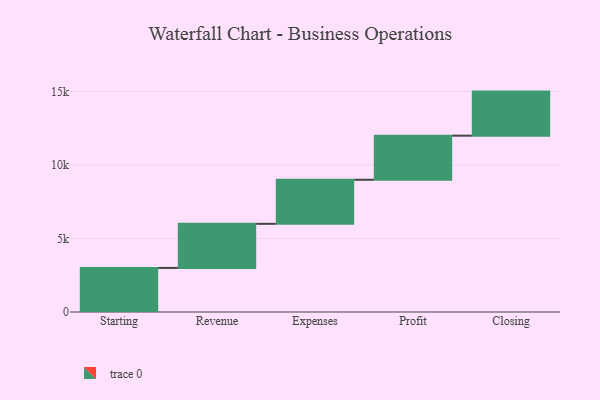
{"axis": {"x": "Step", "y": "Value"}, "legend": [""], "data": [{"x": "Starting", "y": 3000, "type": ""}, {"x": "Revenue", "y": 3000, "type": ""}, {"x": "Expenses", "y": 3000, "type": ""}, {"x": "Profit", "y": 3000, "type": ""}, {"x": "Closing", "y": 3000, "type": ""}]}